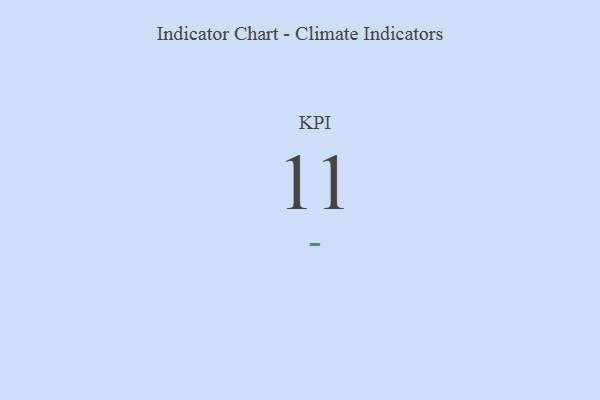
{"axis": {"x": "KPI", "y": "Value"}, "legend": [""], "data": [{"x": "KPI", "y": 11, "type": ""}]}